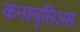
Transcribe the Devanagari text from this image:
कन्फ़्युसिअस